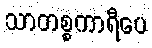
သာတစ္စကာရီပေ